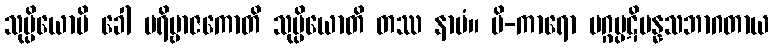
သုပ္ပိယောပိ ခေါ ပရိဗ္ဗာဇကောတိ သုပ္ပိယောတိ တဿ နာမံ။ ပိ-ကာရော မဂ္ဂပ္ပဋိပန္နသဘာဂတာယ